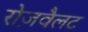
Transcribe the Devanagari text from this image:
रोज़वैलट